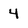
Character: 4